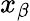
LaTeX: x_{\beta}